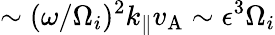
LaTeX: \sim(\omega/\Omega_{i})^{2}k_{\parallel}v_{\mathrm{A}}\sim\epsilon^{3}\Omega_{i}